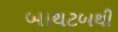
બાથટબથી